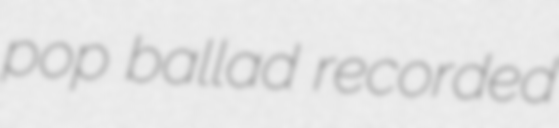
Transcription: pop ballad recorded